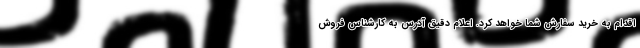
اقدام به خرید سفارش شما خواهد کرد. اعلام دقیقِ آدرس به کارشناس فروش